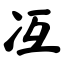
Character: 冱